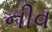
નીવ